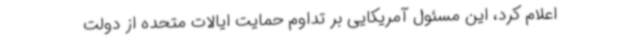
اعلام کرد، این مسئول آمریکایی بر تداوم حمایت ایالات متحده از دولت